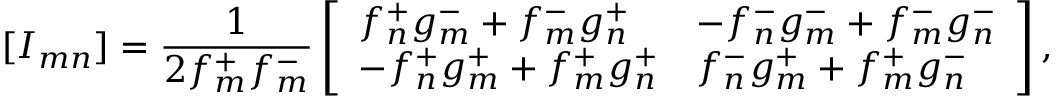
[ I _ { m n } ] = \frac { 1 } { 2 f _ { m } ^ { + } f _ { m } ^ { - } } \left[ \begin{array} { l l } { f _ { n } ^ { + } g _ { m } ^ { - } + f _ { m } ^ { - } g _ { n } ^ { + } } & { - f _ { n } ^ { - } g _ { m } ^ { - } + f _ { m } ^ { - } g _ { n } ^ { - } } \\ { - f _ { n } ^ { + } g _ { m } ^ { + } + f _ { m } ^ { + } g _ { n } ^ { + } } & { f _ { n } ^ { - } g _ { m } ^ { + } + f _ { m } ^ { + } g _ { n } ^ { - } } \end{array} \right] ,